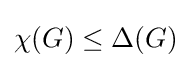
\chi (G)\leq \Delta (G)